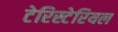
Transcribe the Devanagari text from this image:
टेरिस्टेरियल